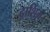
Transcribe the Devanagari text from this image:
दाशिंग